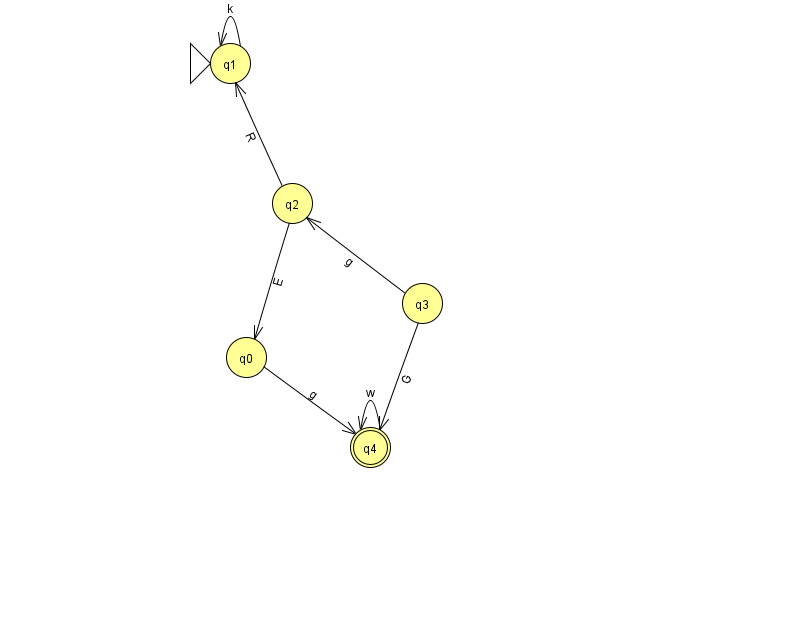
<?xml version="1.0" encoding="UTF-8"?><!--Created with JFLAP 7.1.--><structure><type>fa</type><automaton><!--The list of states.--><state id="0" name="q0"><x>246.0</x><y>344.0</y></state><state id="1" name="q1"><x>230.0</x><y>50.0</y><initial/></state><state id="2" name="q2"><x>292.0</x><y>190.0</y></state><state id="3" name="q3"><x>422.0</x><y>290.0</y></state><state id="4" name="q4"><x>370.0</x><y>434.0</y><final/></state><!--The list of transitions.--><transition><from>3</from><to>4</to><read>G</read></transition><transition><from>2</from><to>1</to><read>R</read></transition><transition><from>3</from><to>2</to><read>g</read></transition><transition><from>4</from><to>4</to><read>w</read></transition><transition><from>2</from><to>0</to><read>E</read></transition><transition><from>1</from><to>1</to><read>k</read></transition><transition><from>0</from><to>4</to><read>g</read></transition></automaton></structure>